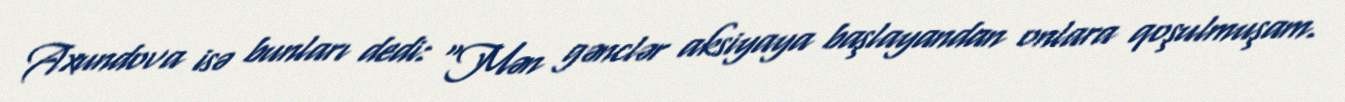
Axundova isə bunları dedi: "Mən gənclər aksiyaya başlayandan onlara qoşulmuşam.